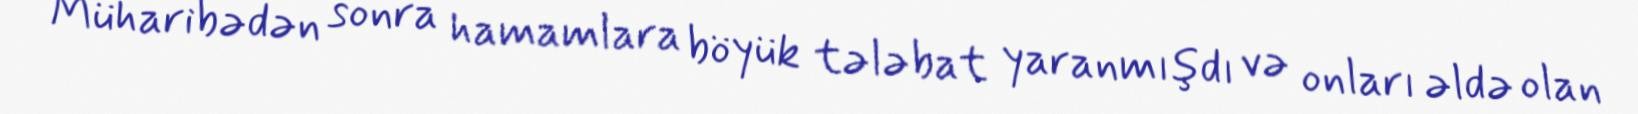
Müharibədən sonra hamamlara böyük tələbat yaranmışdı və onları əldə olan